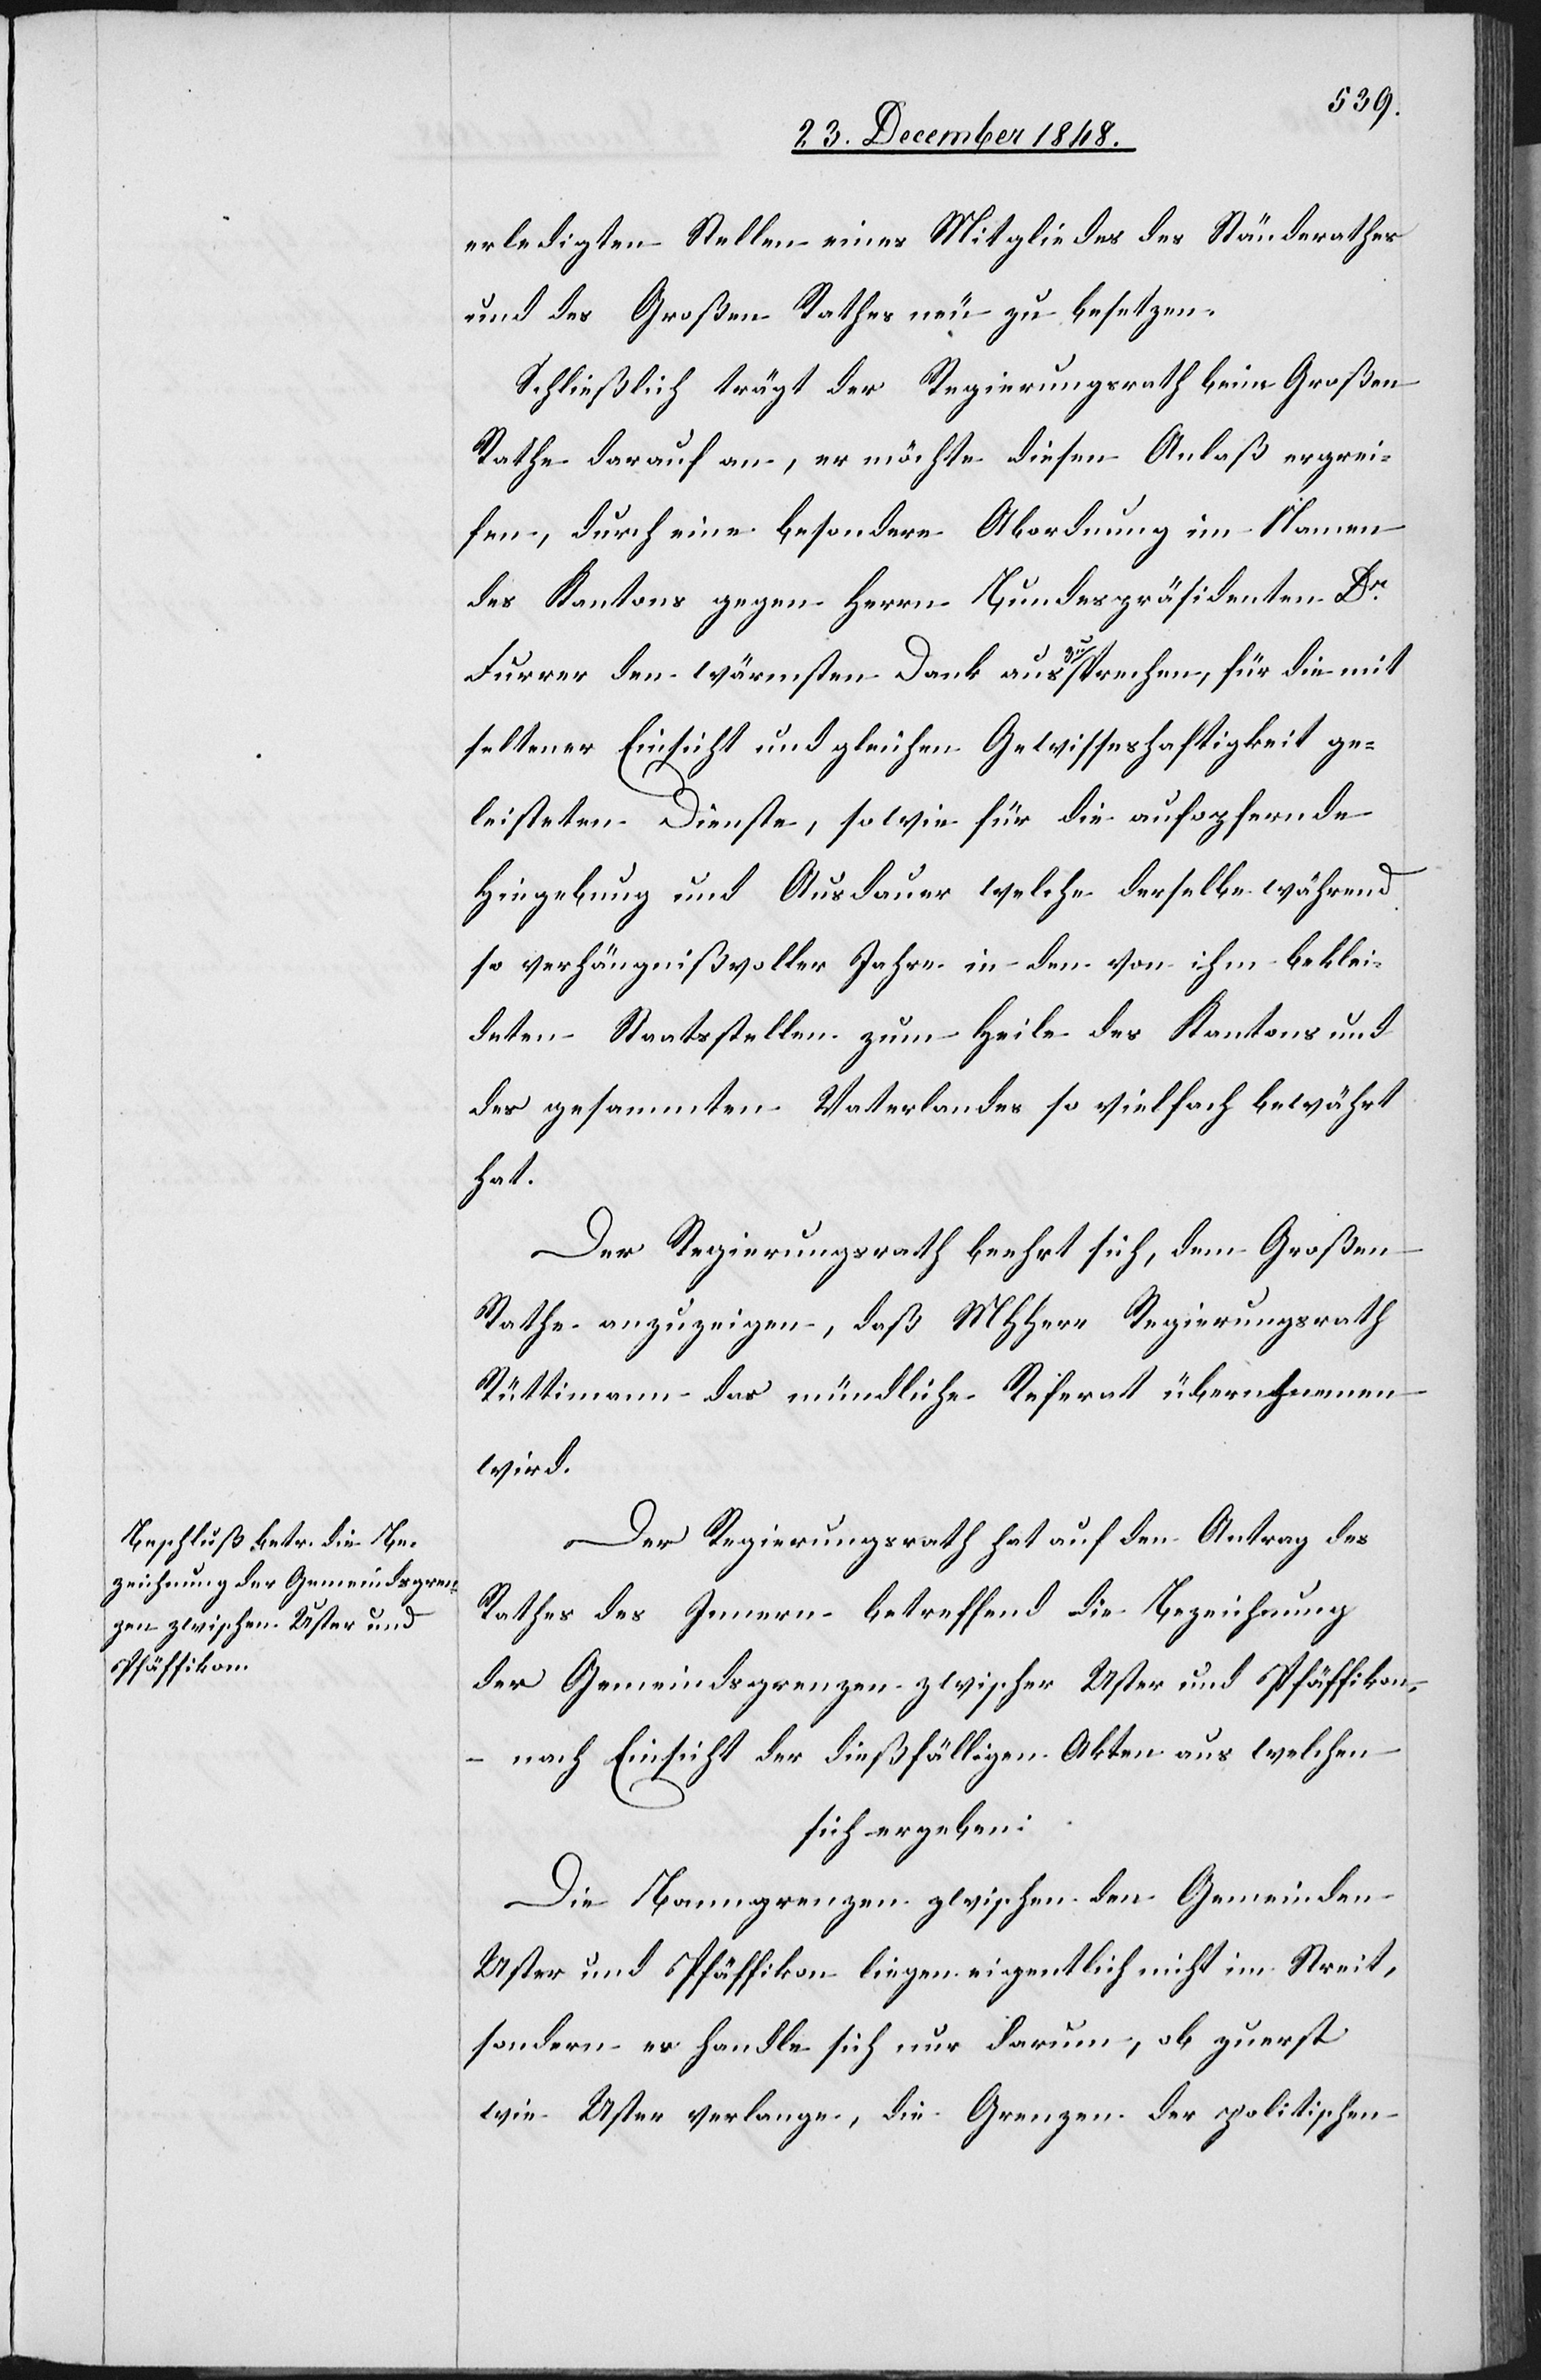
erledigten Stellen eines Mitgliedes des Ständerathes
und des Großen Rathes neu zu besetzen.
Schließlich trägt der Regierungsrath beim Großen
Rathe darauf an, er möchte diesen Anlaß ergrei¬
fen, durch eine besondere Abordnung im Namen
des Kantons gegen Herrn Bundespräsidenten Dr
Furrer den wärmsten Dank auszusprechen, für die mit
seltener Einsicht und gleichen Gewisseshaftigkeit ge¬
leisteten Dienste, sowie für die aufopfernde
Hingebung und Ausdauer welche derselbe während
so verhängnißvoller Jahre in den von ihm beklei¬
deten Staatsstellen zum Heile des Kantons und
des gesammten Vaterlandes so vielfach bewährt
hat.
Der Regierungsrath beehrt sich, dem Großen
Rathe anzuzeigen, daß MHHerr Regierungsrath
Rüttimann das mündliche Referat überngnemen
wird.
Der Regierungsrath hat auf den Antrag des
Rathes des Innern betreffend die Bezeichnung
der Gemeindsgrenzen zwischen Uster und Pfäffikon,
– nach Einsicht der dießfälligen Akten aus welchen
sich ergeben:
Die Banngrenzen zwischen den Gemeinden
Uster und Pfäffikon liegen eigentlich nicht im Streit,
sondern es handle sich nur darum, ob zuerst
wie Uster verlange, die Grenzen der politischen